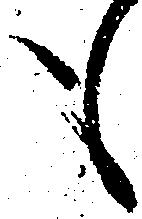
も